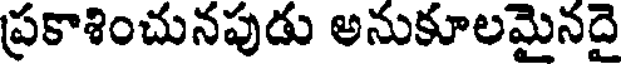
ప్రకాశించునపుడు అనుకూలమైనదై